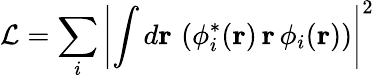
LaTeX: \mathcal{L}=\sum_{i}\left|\int d\mathbf{r}\, \left(\phi_{i}^{\ast}(\mathbf{r})\, \mathbf{r}\, \phi_{i}(\mathbf{r})\right)\right|^{2}